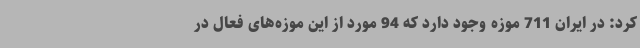
کرد: در ایران 711 موزه وجود دارد که 94 مورد از این موزه‌های فعال در